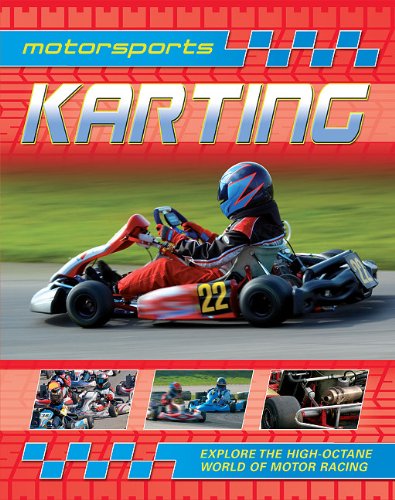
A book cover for Karting (Motorsports (Amicus)); Paul Mason; Children's Books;